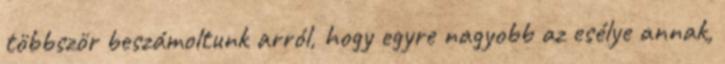
többször beszámoltunk arról, hogy egyre nagyobb az esélye annak,